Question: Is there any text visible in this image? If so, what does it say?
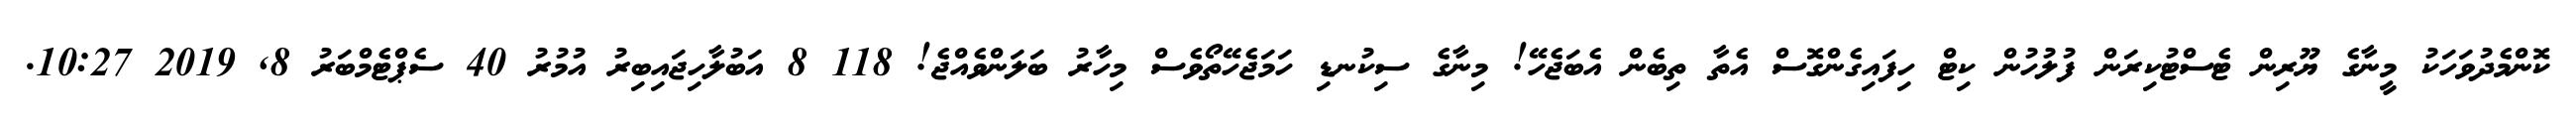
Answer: ކޮންމެދުވަހަކު މީނާގެ ޔޫރިން ޓެސްޓުކިރަން ފުލުހުން ކިޓް ހިފައިގެންގޮސް އެތާ ތިބެން އެބަޖެހޭ! މިނާގެ ސިކުނޑި ހަމަޖެހޭތޯވެސް މިހާރު ބަލަންވެއްޖެ! 118 8 އަބުލާހިޖައިބިރު އުމުރު 40 ސެޕްޓެމްބަރު 8, 2019 10:27.